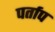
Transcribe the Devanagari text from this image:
पर्ताप